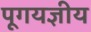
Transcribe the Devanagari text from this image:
पूगयज्ञीय